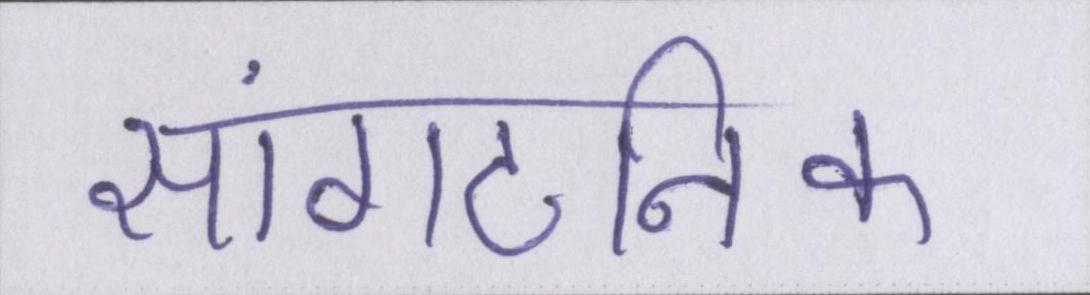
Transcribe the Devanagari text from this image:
सांगठनिक